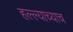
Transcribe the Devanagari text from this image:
हल्ल्याच्याच